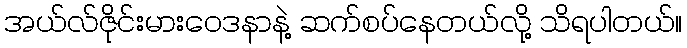
အယ်လ်ဇိုင်းမားဝေဒနာနဲ့ ဆက်စပ်နေတယ်လို့ သိရပါတယ်။